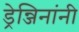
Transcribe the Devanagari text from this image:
ड्रेन्जिनांनी